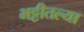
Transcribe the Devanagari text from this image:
भट्टीतल्या